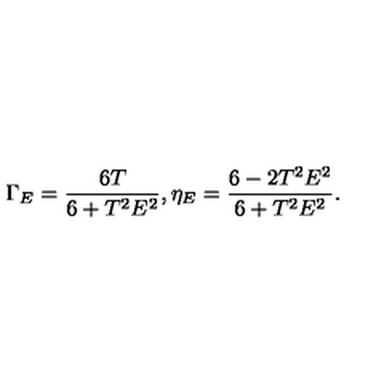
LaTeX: \Gamma _ { E } = \frac { 6 T } { 6 + T ^ { 2 } E ^ { 2 } } , \eta _ { E } = \frac { 6 - 2 T ^ { 2 } E ^ { 2 } } { 6 + T ^ { 2 } E ^ { 2 } } .